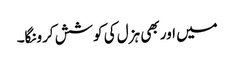
میں اور بھی ہزل کی کوشش کرونگا۔